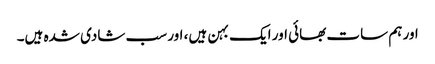
اور ہم سات بھائی اور ایک بہن ہیں، اور سب شادی شدہ ہیں۔